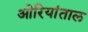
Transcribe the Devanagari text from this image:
ओरियांताल